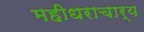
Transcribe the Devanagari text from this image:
महीधराचार्य